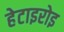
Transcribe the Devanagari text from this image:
हेटाइरोइ